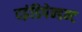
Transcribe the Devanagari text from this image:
दइंडिपेन्डन्ट